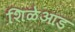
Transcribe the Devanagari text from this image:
शिळेआड